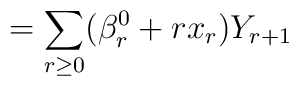
=\sum _{r\ge 0}(\beta ^0_r + r x_r )Y_{r+1}